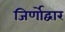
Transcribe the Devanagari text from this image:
जिर्णोद्वार